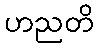
ဟညတိ